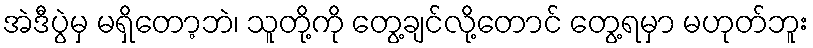
အဲဒီပွဲမှ မရှိတော့ဘဲ၊ သူတို့ကို တွေ့ချင်လို့တောင် တွေ့ရမှာ မဟုတ်ဘူး